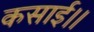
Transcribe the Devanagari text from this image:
कसाई।।